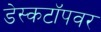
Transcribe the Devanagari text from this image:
डेस्कटॉपवर